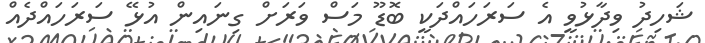
ޝަހިދު ވިދާޅުވީ އެ ސަރަހައްދަކީ ބޮޑޫ މަސް ވަރަށް ގިނައިން އުޅޭ ސަރަހައްދެއް